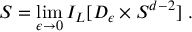
S = \operatorname * { l i m } _ { \epsilon \rightarrow 0 } I _ { L } [ D _ { \epsilon } \times { \cal S } ^ { d - 2 } ] \ .